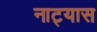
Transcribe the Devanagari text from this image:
नाट्यास